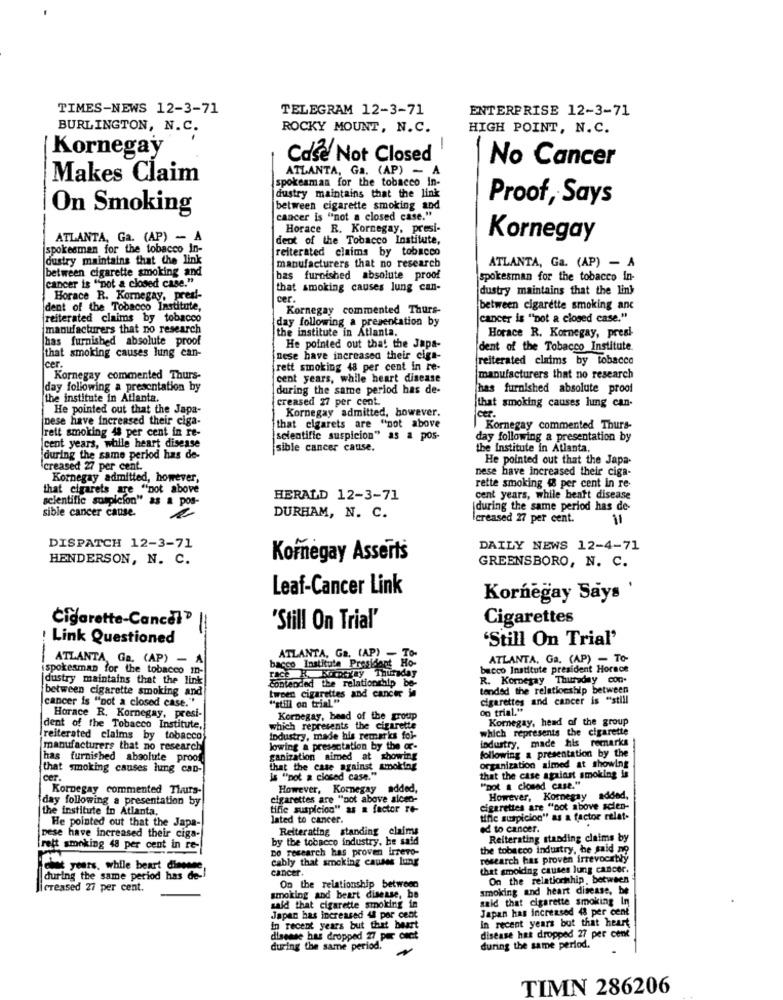
TIMES-NEWS 12-3-71
TELEGRAM 12-3-71
ENTERPRISE 12-3-71
BURLINGTON, N.C.
ROCKY MOUNT, N.C.
HIGH POINT, N.C.
Kornegay
-
Cose Not Closed
No Cancer
Makes Claim
spokesman for the tobacco in-
ATLANTA, Ga. (AP) - A
dustry maintains that the link
Proof, Says
On Smoking
between cigarette smoking and
cancer is "not a closed case."
Horace R. Kornegay, presi-
ATLANTA, Ga. (AP) - A
dent of the Tobacco Institute,
Kornegay
spokesman for the tobacco In-
reiterated claims by tobacco
dustry maintains that the link
between cigarette smoking and
manufacturers that no research
ATLANTA, Ga. (AP) - A
bas furnished absolute proof
Spokesman for the tobacco in-
cancer is "not a closed case."
that smoking causes lung can-
dustry maintains that the link
Horace R. Kornegay, presi-
cer.
dent of the Tobacco Institute,
Kornegay commented Thurs-
between cigarette smoking anc
reiterated claims by tobacco
day following a presentation by
cancer is ""not a closed case."
manufacturers that no research
the institute in Atlanta,
has furnished absolute proof
Horace R. Kornegay, presi
that smoking causes hing can-
He pointed out that the Japa-
dent of the Tobacco Institute.
Icer.
nese have increased their cigs-
reiterated claims by tobacco
rett smoking 48 per cent in re-
Kornegay commented Thurs-
cent years, while heart disease
manufacturers that no research
day following a presentation by
during the same period has de-
has furnished absolute proof
the institute in Atlanta.
creased 27 per cent.
He pointed out that the Japa-
Kornegay admitted, however.
that smoking causes hung can-
nese have increased their ciga-
leer.
rett smoking 48 per cent in re-
that cigarets are "not above
Kornegay commented Thurs-
scientific suspicion" as a pos-
day following a presentation by
cent years, while heart disease
sible cancer cause.
the Institute in Atlanta.
during the same period has de-
He pointed out that the Japa-
creased 27 per cent.
nese have increased their ciga-
Kornegay admitted, however,
that cigarets are "not above
rette smoking 4 per cent in re-
scientific suspicion" as a pos-
HERALD 12-3-71
cent years, while heart disease
sible cancer cause.
during the same period has de-
DURHAM, N. C.
creased 27 per cent.
DISPATCH 12-3-71
DAILY NEWS 12-4-71
HENDERSON, N. C.
Kornegay Asserts
GREENSBORO, N. C.
Leaf-Cancer Link
Kornegay Says
Cigarette-Cancel"
Cigarettes
'Still On Trial"
: Link Questioned
'Still On Trial'
ATLANTA, Ga. (AP) - A
bacco Institute President Ho-
ATLANTA, Ga. (AP) - TO-
ATLANTA, Ga. (AP) - TO-
ispokesman for the tobacco I
race R. Mintway Thursday
bacco Institute president Horace
|dustry maintains that the link!
Contended the relationship be-
R. Kornegay Thursday con.
between cigarette smoking and
twoen cigarettes and cancer in
tended the relationship between
cancer is "not a closed case."
cigarettes and cancer is "still
""still on trial."
on trial."
Horace R. Kornegay, presi-
Kornegay, head of the group
Kornegay, head of the group
dent of the Tobacco Institute,
which represents the cigarette
which represents the cigarette
reiterated claims by tobacco
industry, made his remarks foi-
industry, made his remarks
manufacturers that no research
lowing a presentation by the or-
following a presentation by the
has furnished absolute proof
ganization aimed at showing
organization aimed at showing
that smoking causes hing can-
that the case against smoking
cer
Is "not a closed case."
that the case against smoking is
KorDegay commented Thais-
However, Kornegay added,
"not a closed case."
day following a presentation by
cigarettes are "pot above siced-
However, Kornegay added,
the institute in Atlanta,
tifie suspicion" as a factor re-
cigarettes are "not above scien-
lated to cancer.
tifle suspicion" as a factor relat-
He pointed out that the Japa-
Reiterating standing claims
ed to cancer.
..
pese have increased their ciga-
by the tobacco industry, he said
Reiterating standing claims by
irett smoking 48 per cent in re-
DO research has proven Irrevo-
the tobacco industry, he said no
cably that smoking causes lung
research has proven irrevocatty
wat years, while heart disease
cancer.
that smolding causes lung cancer.
during the same period has de-
On the relationship between
On the relationship between
creased 27 per cent.
smoking and heart disease, be
smoking and heart disease, be
said that cigarette smoking In
said that cigarette smoking in
Japan has increased 48 per cent
Japan has increased 48 por cent
in recent years but that beart
In recent years but that heart
disease has dropped 27 per cset
disease has dropped 27 per cent
during the same period .~
during the same period.
TIMN 286206